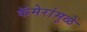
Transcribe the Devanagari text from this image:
कॅमेरांमुळे